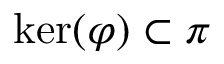
\ker ( \varphi ) \subset \pi